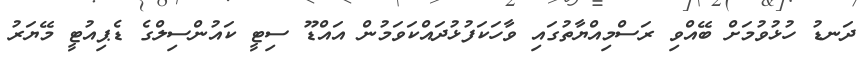
ދަނޑު ހުޅުވުމަށް ބޭއްވި ރަސްމިއްޔާތުގައި ވާހަކަފުޅުދައްކަވަމުން އައްޑޫ ސިޓީ ކައުންސިލްގެ ޑެޕިއުޓީ މޭޔަރު